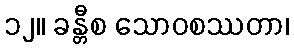
၁၂။ ခန္တီစ သောဝစဿတာ၊